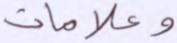
وعلامات